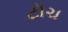
ટૉચ